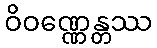
ဝိဝဏ္ဏေန္တဿ